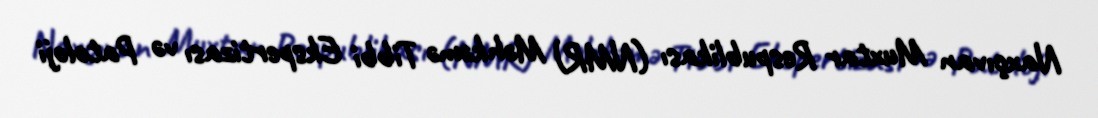
Naxçıvan Muxtar Respublikası (NMR) Məhkəmə Tibbi Ekspertizası və Patoloji